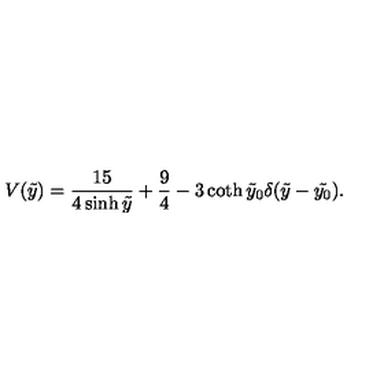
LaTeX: V ( \tilde { y } ) = \frac { 1 5 } { 4 \sinh { \tilde { y } } } + \frac { 9 } { 4 } - 3 \coth { \tilde { y } _ { 0 } } \delta ( \tilde { y } - \tilde { y _ { 0 } } ) .